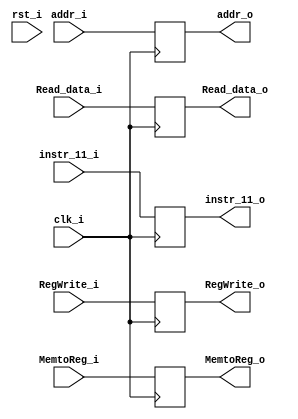
module MEMWB(clk_i,
             rst_i,
             RegWrite_i,
             MemtoReg_i,
             addr_i,
             Read_data_i,
             instr_11_i,
             RegWrite_o,
             MemtoReg_o,
             addr_o,
             Read_data_o,
             instr_11_o);
    
    
    input clk_i,rst_i,RegWrite_i,MemtoReg_i;
    input [31:0] addr_i,Read_data_i;
    input [4:0]  instr_11_i;
    
    output reg RegWrite_o,MemtoReg_o;
    output reg [31:0] addr_o,Read_data_o;
    output reg [4:0]   instr_11_o;
    
    always @(posedge clk_i) begin
        
        RegWrite_o  <= RegWrite_i;
        MemtoReg_o  <= MemtoReg_i;
        addr_o      <= addr_i;
        Read_data_o <= Read_data_i;
        instr_11_o  <= instr_11_i;
        
    end
endmodule